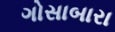
ગોસાબારા